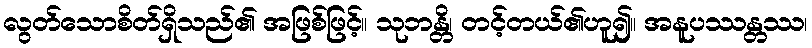
လွတ်သောစိတ်ရှိသည်၏ အဖြစ်ဖြင့်။ သုဘန္တိ၊ တင့်တယ်၏ဟူ၍။ အနူပဿန္တဿ၊